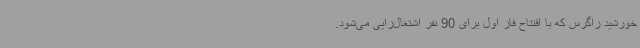
خورشید زاگرس که با افتتاح فاز اول برای 90 نفر اشتغال‌زایی می‌شود.